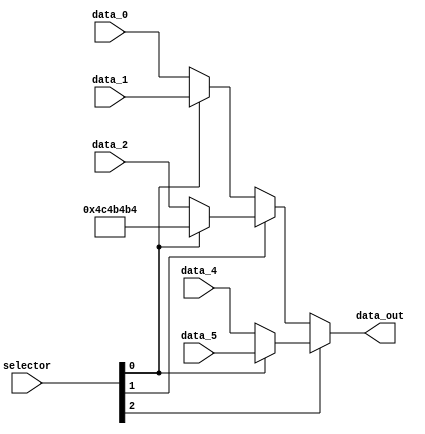
module mux_PCsrc (
    input wire [2:0] selector,
    input wire [31:0] data_0,
    input wire [31:0] data_1,
    input wire [31:0] data_2,
    input wire [31:0] data_4,
    input wire [31:0] data_5,
    output wire [31:0] data_out
);

    wire [31:0] A1;
    wire [31:0] A2;
    wire [31:0] A3;
    wire [31:0] A4;

    assign A1 = (selector[0]) ? data_1 : data_0;
    assign A2 = (selector[0]) ? 32'b00000100110001001011010010110100 : data_2;
    assign A3 = (selector[0]) ? data_5 : data_4;

    assign A4 = (selector[1]) ? A2 : A1;
    assign data_out = (selector[2]) ? A3 : A4;

endmodule